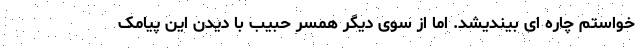
خواستم چاره ای بیندیشد. اما از سوی دیگر همسر حبیب با دیدن این پیامک